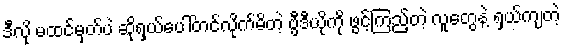
ဒီလို မထင်မှတ်ပဲ ဆိုရှယ်ပေါ်တင်လိုက်မိတဲ့ ဗွီဒီယိုကို ဖွင့်ကြည့်တဲ့ လူတွေနဲ့ ရှယ်ကျတဲ့